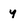
Character: y